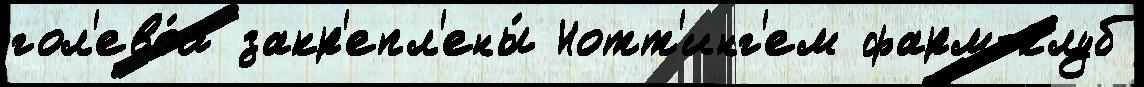
гол'ево́й закр'епл'ены́ Нотт'инг'ем фарм-клуб